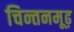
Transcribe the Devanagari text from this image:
चिन्तनमूढ़